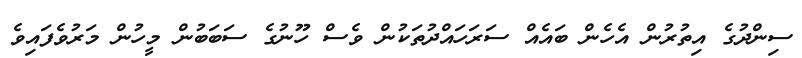
ސިންދުގެ އިތުރުން އެހެން ބައެއް ސަރަހައްދުތަކުން ވެސް ހޫނުގެ ސަބަބުން މީހުން މަރުވެފައިވެ